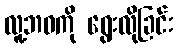
လူ့ဘဝကို ရွေးလိုခြင်း